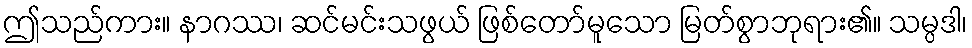
ဤသည်ကား။ နာဂဿ၊ ဆင်မင်းသဖွယ် ဖြစ်တော်မူသော မြတ်စွာဘုရား၏။ သမ္ပဒါ၊